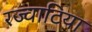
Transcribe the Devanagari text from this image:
रज्वाटिया